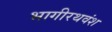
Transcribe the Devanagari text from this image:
भागीरथवंश